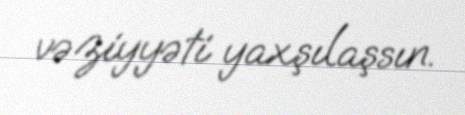
vəziyyəti yaxşılaşsın.